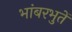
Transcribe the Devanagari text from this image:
भांबरभुतें